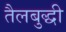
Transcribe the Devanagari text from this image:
तैलबुद्धी